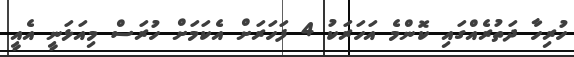
ހުރިހާ ދަތުރެއްގައި ކޮންމެ އަހަރަކު 4 ފަހަރަށް އެކަމަށް ހުރަސް މިއަޅަނީ އެއީ